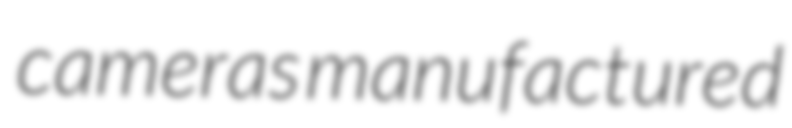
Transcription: cameras manufactured